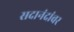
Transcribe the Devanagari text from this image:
सदानंदांवर